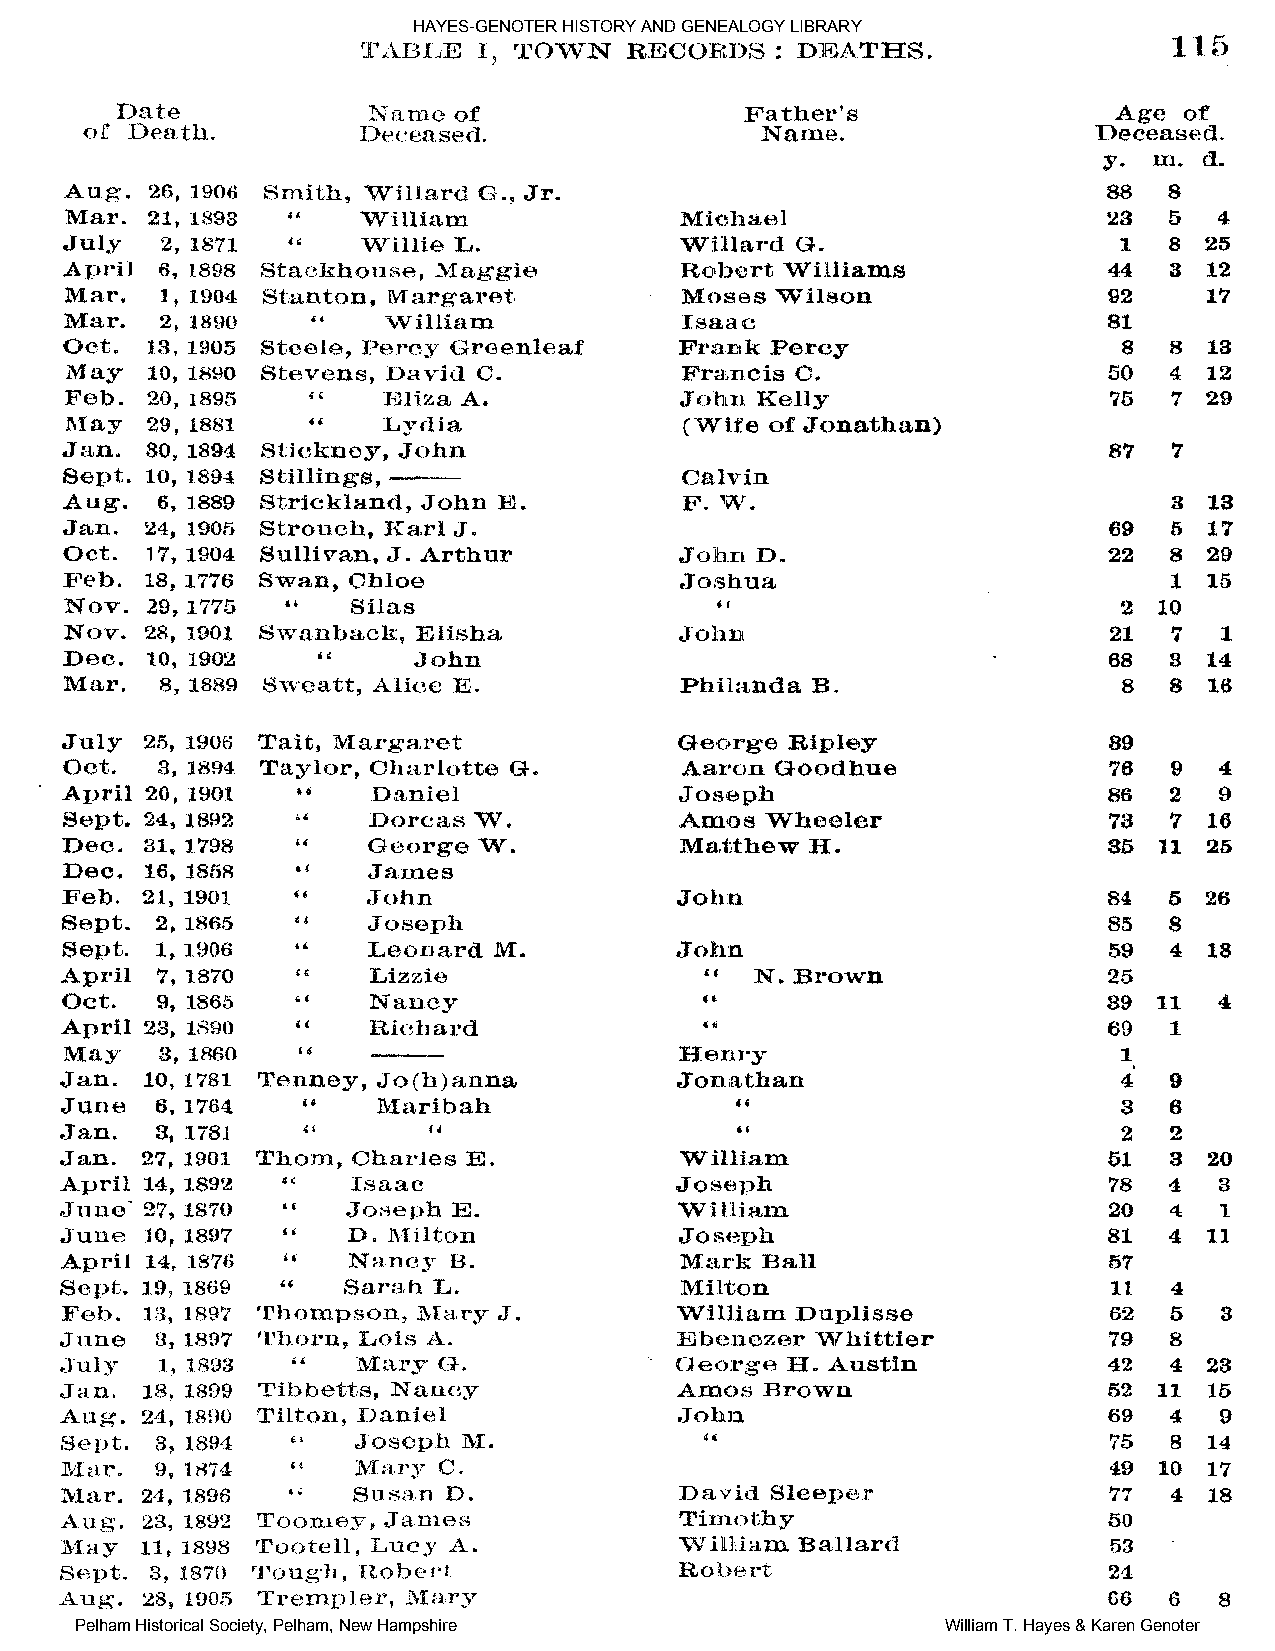
HAYES-GENOTER HISTORY AND GENEALOGY LIBRARY
 Pelham Historical Society, Pelham, New Hampshire          William T. Hayes & Karen Genoter